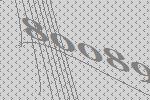
80089